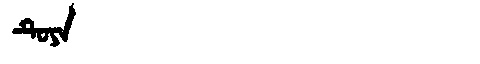
Manchu: ᡨᡠᠶᠠ
Romanization: TUYA